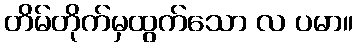
တိမ်တိုက်မှထွက်သော လ ပမာ။